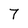
Character: 7